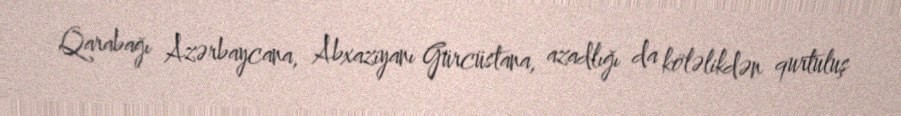
Qarabağı Azərbaycana, Abxaziyanı Gürcüstana, azadlığı da köləlikdən qurtuluş